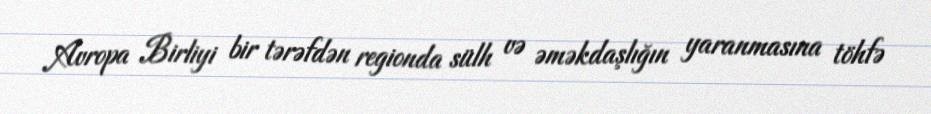
Avropa Birliyi bir tərəfdən regionda sülh və əməkdaşlığın yaranmasına töhfə